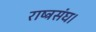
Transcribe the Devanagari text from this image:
राष्ट्रसंघ।